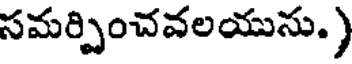
సమర్పించవలయుసు.)